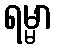
ရမ္မာ